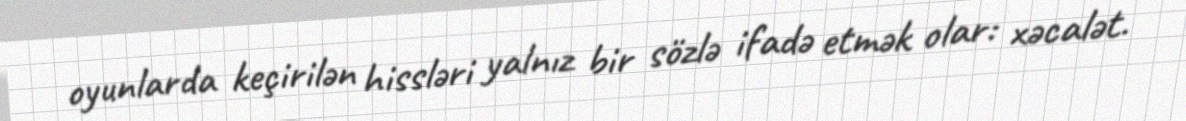
oyunlarda keçirilən hissləri yalnız bir sözlə ifadə etmək olar: xəcalət.